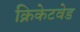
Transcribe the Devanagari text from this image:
क्रिकेटवेड